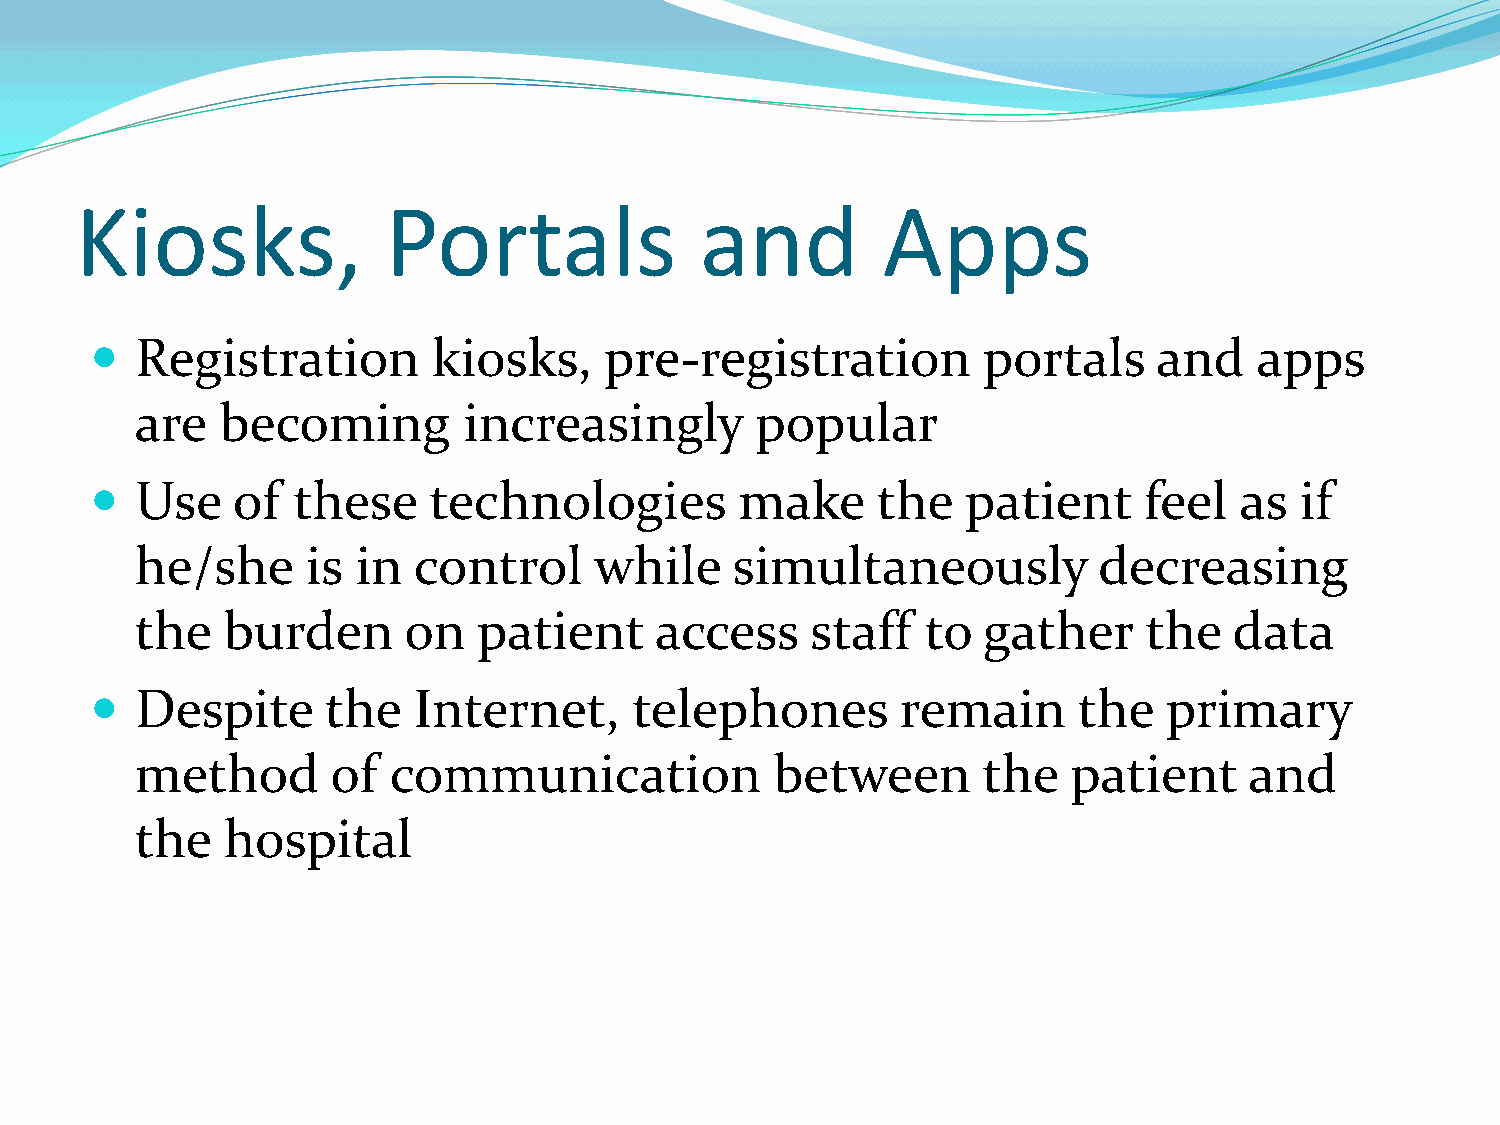
Kiosks,              Portals             and         Apps
   Registration        kiosks,    pre-registration         portals     and   apps
 are   becoming        increasingly       popular
   Use   of  these    technologies         make     the   patient     feel  as  if
 he/she     is  in control     while     simultaneously          decreasing
 the   burden      on   patient    access     staff  to  gather     the   data
   Despite      the  Internet,      telephones        remain     the   primary
 method       of  communication            between       the   patient     and
 the   hospital